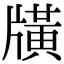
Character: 𤗶